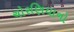
ચોરણિયાનો